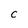
Character: C